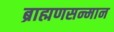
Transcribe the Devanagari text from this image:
ब्राह्मणसन्मान